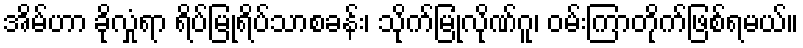
အိမ်ဟာ ခိုလှုံရာ ရိပ်မြုံရိပ်သာစခန်း၊ သိုက်မြုံလိုဏ်ဂူ၊ ဝမ်းကြာတိုက်ဖြစ်ရမယ်။